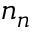
{ \mathfrak { n } } _ { n }